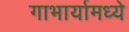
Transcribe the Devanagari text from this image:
गाभार्यामध्ये